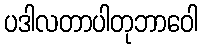
ပဒါလတာပါတုဘာဝေါ